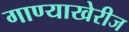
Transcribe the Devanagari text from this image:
गाण्याखेरीज